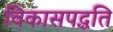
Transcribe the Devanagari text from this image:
विकासपद्धति